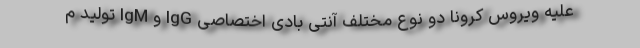
علیه ویروس کرونا دو نوع مختلف آنتی بادی اختصاصی IgG و IgM تولید م